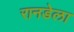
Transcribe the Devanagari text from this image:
रानडेला